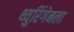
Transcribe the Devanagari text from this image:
थ्युरिंगेनला